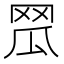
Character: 𦊡